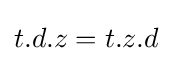
t.d.z=t.z.d